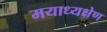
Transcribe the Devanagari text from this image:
मयाध्यक्षेण